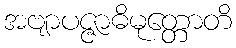
အဗျာပဇ္ဇာဓိမုတ္တောတိ